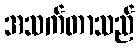
အသက်တာသည်